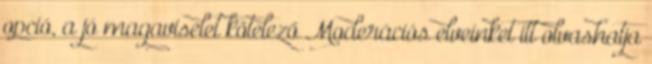
opció, a jó magaviselet kötelező Moderációs elveinket itt olvashatja